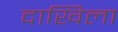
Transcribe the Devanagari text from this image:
दाखिला